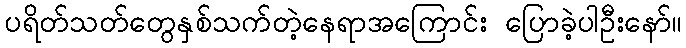
ပရိတ်သတ်တွေနှစ်သက်တဲ့နေရာအကြောင်း ပြောခဲ့ပါဦးနော်။